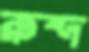
রুশ্দ